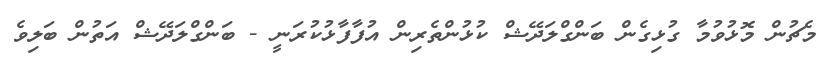
މެޗުން މޮޅުވުމާ ގުޅިގެން ބަންގްލަދޭޝް ކުޅުންތެރިން އުފާފާޅުކުރަނީ - ބަންގްލަދޭޝް އަތުން ބަލިވެ